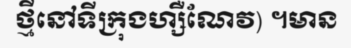
ថ្មីនៅទីក្រុងហ្សឺណែវ) ។មាន